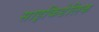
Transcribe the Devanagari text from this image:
साइकिडेलिक